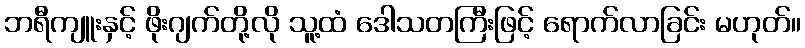
ဘရီကျူးနှင့် ဖိုးဂျက်တို့လို သူ့ထံ ဒေါသတကြီးဖြင့် ရောက်လာခြင်း မဟုတ်။